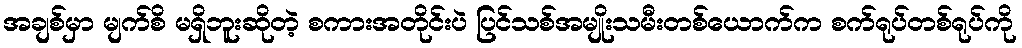
အချစ်မှာ မျက်စိ မရှိဘူးဆိုတဲ့ စကားအတိုင်းပဲ ပြင်သစ်အမျိုးသမီးတစ်ယောက်က စက်ရုပ်တစ်ရုပ်ကို